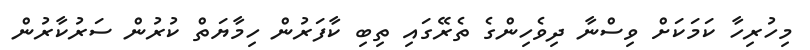
މިހުރިހާ ކަމަކަށް ވިސްނާ ދިވެހިންގެ ތެރޭގައި ތިބި ކާފަރުން ހިމާޔަތް ކުރުން ސަރުކާރުން